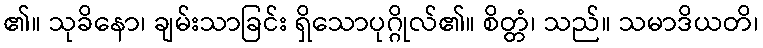
၏။ သုခိနော၊ ချမ်းသာခြင်း ရှိသောပုဂ္ဂိုလ်၏။ စိတ္တံ၊ သည်။ သမာဒိယတိ၊